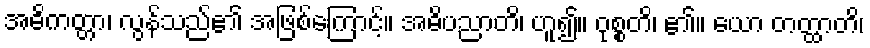
အဓိကတ္တာ၊ လွန်သည်၏ အဖြစ်ကြောင့်။ အဓိပညာတိ၊ ဟူ၍။ ဝုစ္စတိ၊ ၏။ ယော တတ္ထာတိ၊